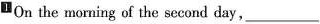
^{1}On the moning of the second day,___